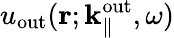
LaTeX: u_{\mathrm{out}}({\mathbf r};{\mathbf k}_{\parallel}^{\mathrm{out}},\omega)